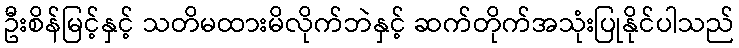
ဦးစိန်မြင့်နှင့် သတိမထားမိလိုက်ဘဲနှင့် ဆက်တိုက်အသုံးပြုနိုင်ပါသည်